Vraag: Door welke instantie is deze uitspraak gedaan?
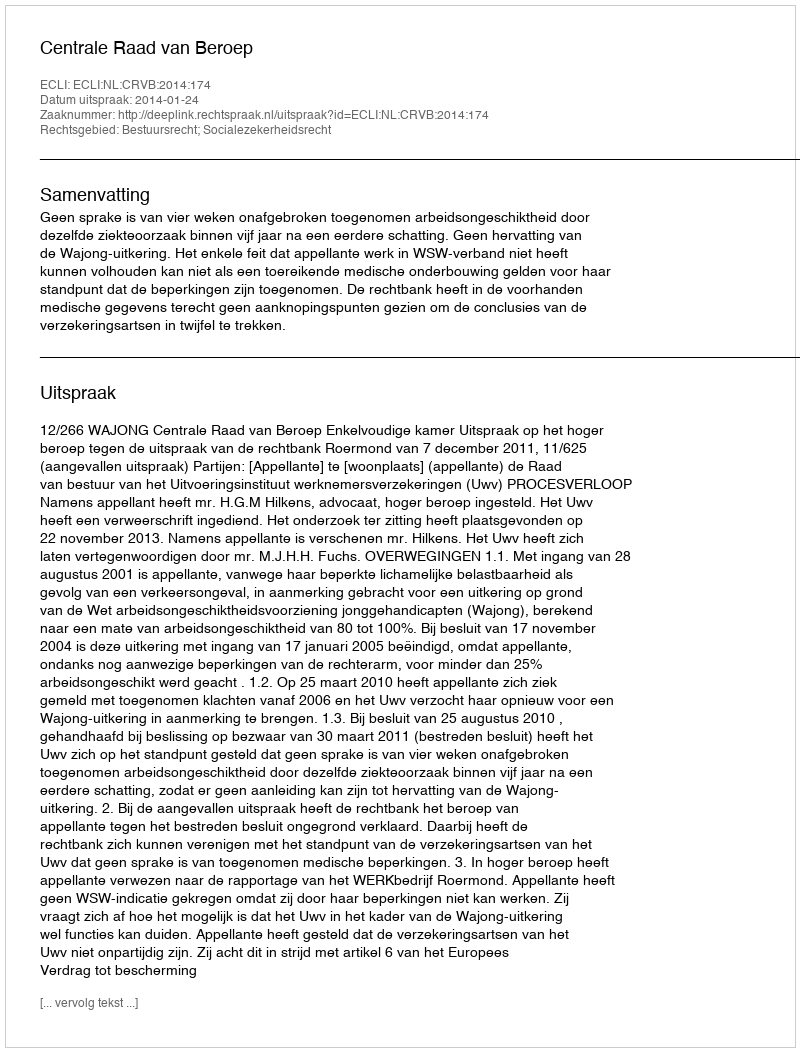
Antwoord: Centrale Raad van Beroep